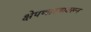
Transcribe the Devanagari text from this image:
क्षेपणास्त्रावरून